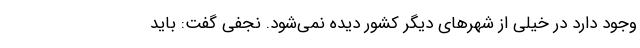
وجود دارد در خیلی از شهرهای دیگر کشور دیده نمی‌شود. نجفی گفت: باید